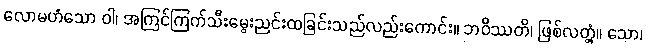
လောမဟံသော ဝါ၊ အကြင်ကြက်သီးမွေးညင်းထခြင်းသည်လည်းကောင်း။ ဘဝိဿတိ၊ ဖြစ်လတ္တံ့။ သော၊